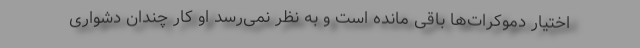
اختیار دموکرات‌ها باقی ‌مانده است و به نظر نمی‌رسد او کار چندان دشواری